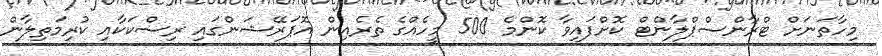
މިހާތަނަށް ޓްރާންސްޕްލާންޓް ކޮށްފައިވާ ކޮންމެ 500 މީހެއްގެ ތެރެއިން އޮޕަރޭޝަންގައި ރިސްކަކާއި ކުރިމަތިލާން